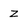
Character: 2